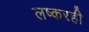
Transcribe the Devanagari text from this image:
लष्करही